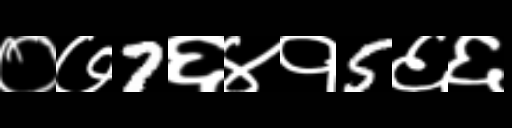
Text: ०७7६४१5६६